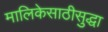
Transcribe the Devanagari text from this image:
मालिकेसाठीसुद्धा